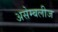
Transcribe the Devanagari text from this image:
असेम्बलीज